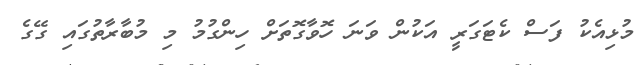
މުޅިއެކު ފަސް ކެޓަގަރީ އަކުން ވަނަ ހޮވާގޮތަށް ހިންގުމު މި މުބާރާތުގައި ގޭގެ